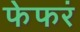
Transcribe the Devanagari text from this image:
फेफरं